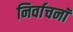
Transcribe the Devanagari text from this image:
निर्वाचनॉ